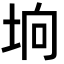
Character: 垧